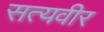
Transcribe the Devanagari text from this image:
सत्यवीर